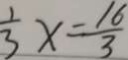
\frac { 1 } { 3 } x = \frac { 1 6 } { 3 }